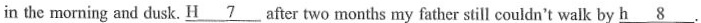
in the morning and dusk. \underline{H7} after two months my father still couldn't walk by \underline \underline{h8}.